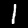
Digit: 1